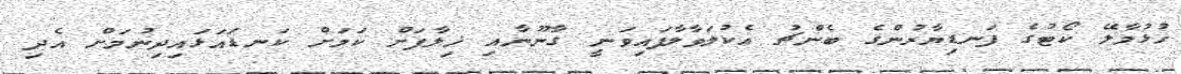
ހުޅުމާލޭ ކޯޓުގެ ފަނޑިޔާރުންގެ ބެންޗު އެކުލަވާލާފައިވަނީ ގާނޫނާއި ޚިލާފަށް ކަމަށް ކަނޑައަޅައިދިނުމަށް އެދި